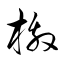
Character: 檄